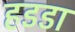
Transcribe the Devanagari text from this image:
हडडा